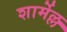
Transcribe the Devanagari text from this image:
शार्मेल्ल